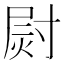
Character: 㷉